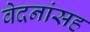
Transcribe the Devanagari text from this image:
वेदनांसह